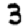
Digit: 3